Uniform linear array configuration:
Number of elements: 24
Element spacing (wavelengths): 0.5
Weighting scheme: uniform
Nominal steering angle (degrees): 0
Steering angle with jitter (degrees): -1.366
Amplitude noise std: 0.05
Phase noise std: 0.05

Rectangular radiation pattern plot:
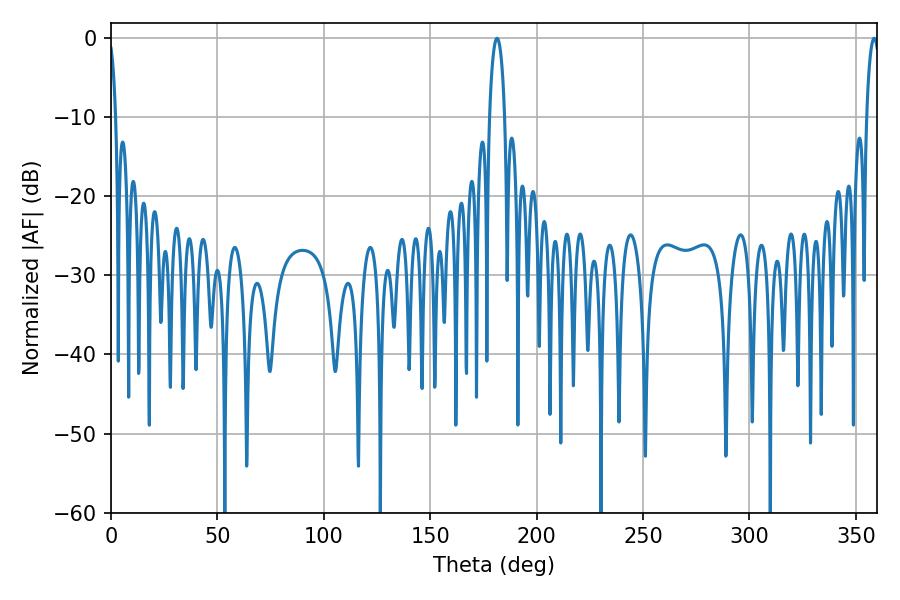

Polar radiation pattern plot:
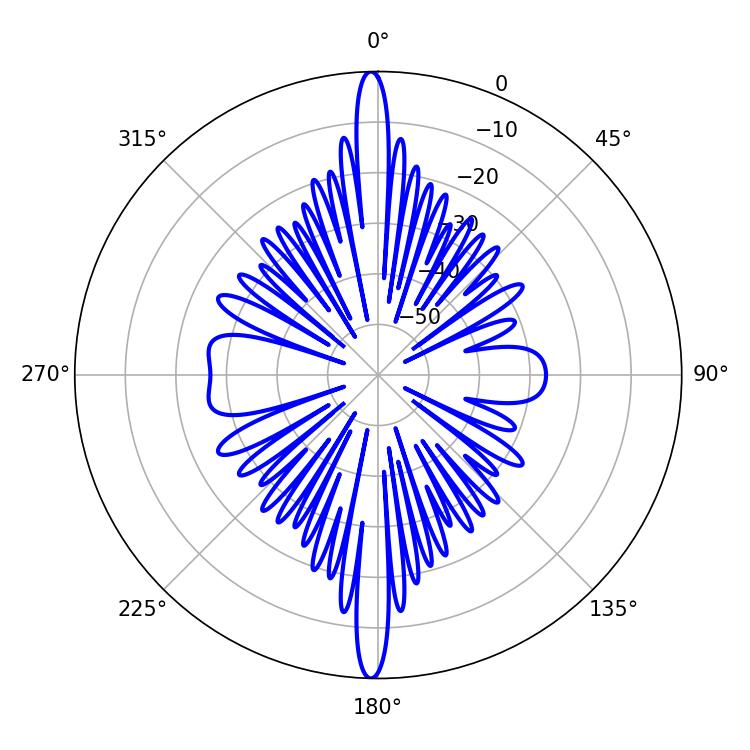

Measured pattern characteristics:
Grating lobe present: FALSE
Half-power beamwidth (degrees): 3.42
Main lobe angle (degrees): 358.56